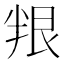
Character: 𠦯